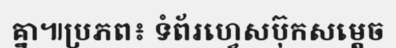
គ្នា៕ប្រភព៖ ទំព័រហ្វេសប៊ុកសម្តេច